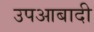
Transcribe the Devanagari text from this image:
उपआबादी